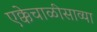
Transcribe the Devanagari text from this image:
एक्केचाळीसाव्या